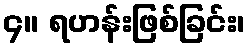
၄။ ရဟန်းဖြစ်ခြင်း၊